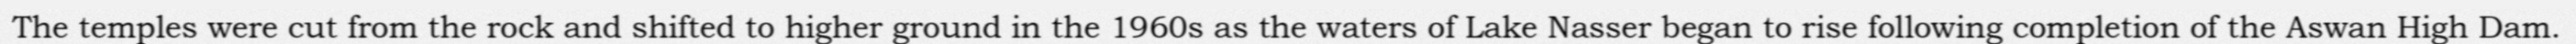
The temples were cut from the rock and shifted to higher ground in the 1960s as the waters of Lake Nasser began to rise following completion of the Aswan High Dam.